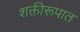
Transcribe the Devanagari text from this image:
शक्तीरूपात